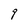
Character: 9